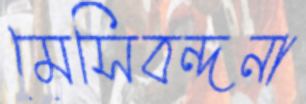
মেসিবন্দনা